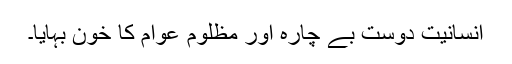
انسانیت دوست بے چارہ اور مظلوم عوام کا خون بہایا۔